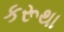
કરૂથા